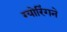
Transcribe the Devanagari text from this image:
ग्योरिंगने